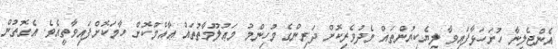
އެންޖެލީނާ ހުށަހަޅާފައިވާ ލިޔެކިޔުންތައް މެދުވެރިކޮށް ދަރިންގެ މުހިންމު މަޢުލޫމާތުތައް ޢާއްމުކޮށް ހާމަކޮށްފައިވާތީއެވެ. އެގޮތުން